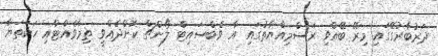
ދަރުބާރުގޭގައި މިރޭ ބޭއްވި ރަސްމިއްޔާތުގައި އާ ވެބްސައިޓް ލޯންޗް ކޮށްދެއްވީ ތިމާވެއްޓާއި ހަކަތަޔާ